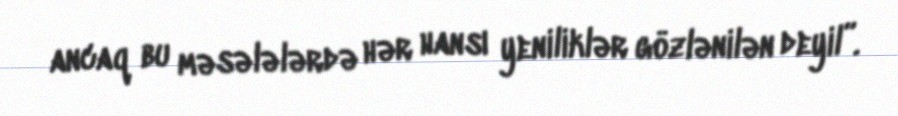
ancaq bu məsələlərdə hər hansı yeniliklər gözlənilən deyil”.